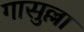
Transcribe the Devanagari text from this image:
गासुल्ला